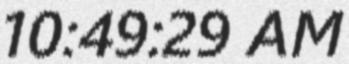
10:49:29 AM